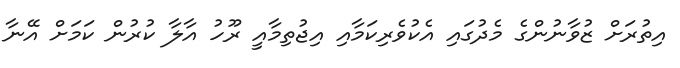
އިތުރަށް ޒުވާނުންގެ މެދުގައި އެކުވެރިކަމާއި އިޖުތިމާއީ ރޫހު އާލާ ކުރުން ކަމަށް އޭނާ